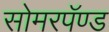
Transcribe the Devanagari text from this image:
सोमरपॅण्ड